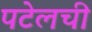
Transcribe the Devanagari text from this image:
पटेलची